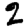
Digit: 2